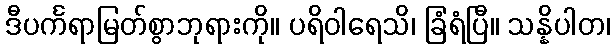
ဒီပင်္ကရာမြတ်စွာဘုရားကို။ ပရိဝါရေသိ၊ ခြံရံပြီ။ သန္နိပါတ၊